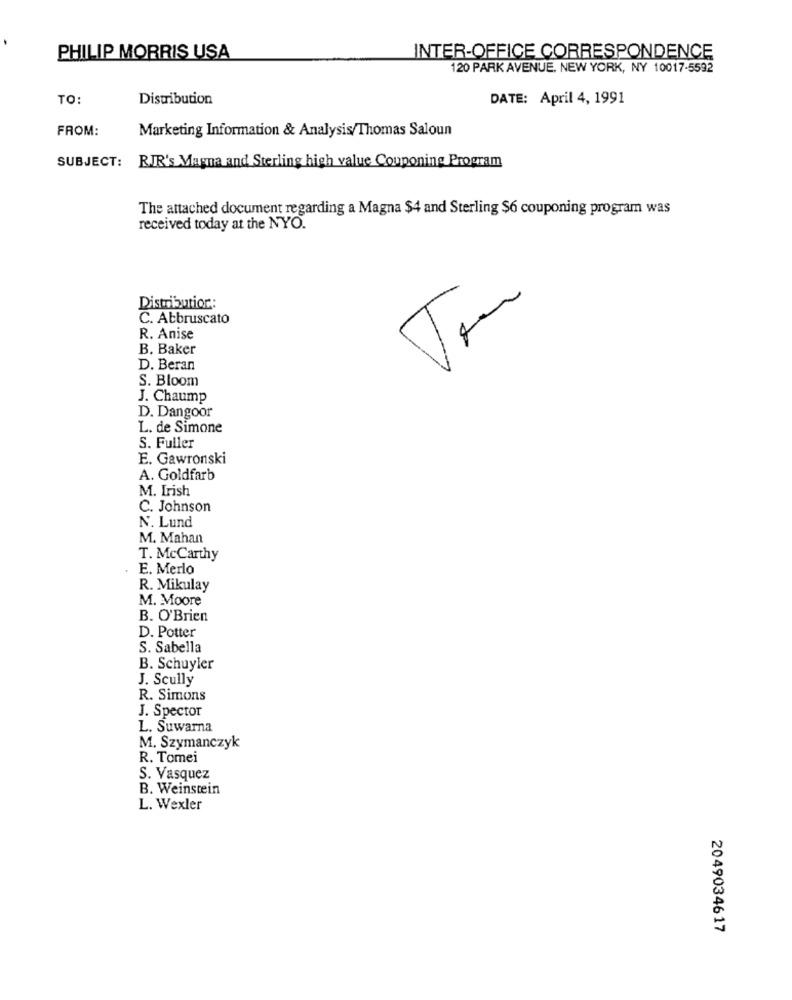
PHILIP MORRIS USA
INTER-OFFICE CORRESPONDENCE
120 PARK AVENUE, NEW YORK, NY 10017-5592
TO:
Distribution
DATE: April 4, 1991
FROM:
Marketing Information & Analysis/Thomas Saloun
SUBJECT: RJR's Magna and Sterling high value Couponing Program
The attached document regarding a Magna $4 and Sterling $6 couponing program was
received today at the NYO.
Distribution:
C. Atbruscato
R. Anise
B. Baker
D. Beran
S. Bloom
J. Chaump
D. Dangoor
L. de Simone
S. Fuller
E. Gawronski
A. Goldfarb
M. Irish
C. Johnson
N. Lund
M. Mahan
T. McCarthy
E. Merlo
R. Mikulay
M. Moore
B. O'Brien
D. Potter
S. Sabella
B. Schuyler
J. Scully
R. Simons
J. Spector
L. Suwarna
M. Szymanczyk
R. Tomei
S. Vasquez
B. Weinstein
L. Wexler
2049034617